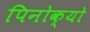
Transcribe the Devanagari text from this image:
पिनोक्यो